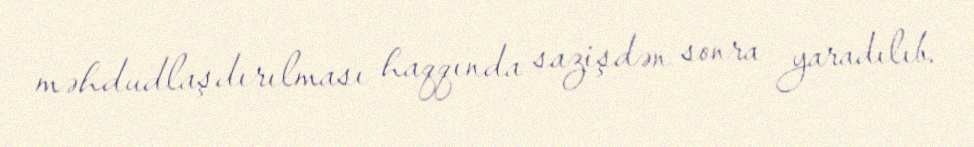
məhdudlaşdırılması haqqında sazişdən sonra yaradılıb.